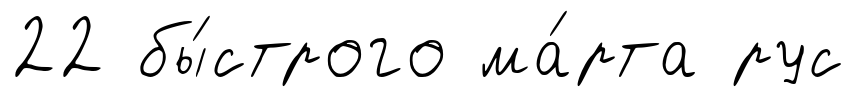
22 бы́строго ма́рта рус